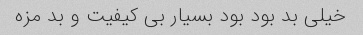
خیلی بد بود بود بسیار بی کیفیت و بد مزه